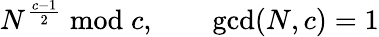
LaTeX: N^{\frac{c-1}{2}}{\bmod{c}},\qquad\operatorname*{gcd}(N,c)=1